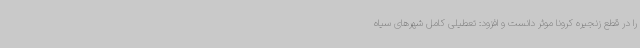
را در قطع زنجیره کرونا موثر دانست و افزود: تعطیلی کامل شهرهای سیاه